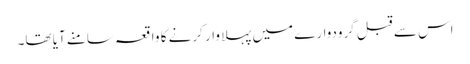
اس سے قبل گرودوارے میں پہلا وار کرنے کا واقعہ سامنے آیا تھا۔